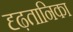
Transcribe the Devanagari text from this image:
दृढ़तानिका